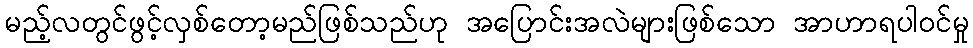
မည့်လတွင်ဖွင့်လှစ်တော့မည်ဖြစ်သည်ဟု အပြောင်းအလဲများဖြစ်သော အာဟာရပါဝင်မှု